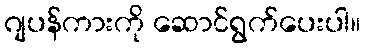
ဂျပန်ကားကို ဆောင်ရွက်ပေးပါ။